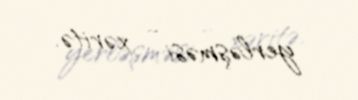
yerləşməsi - xəritə.